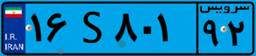
۱۶S۸۰۱۹۲